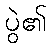
ပွဲ၏